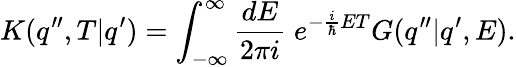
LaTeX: K(q^{\prime\prime},T|q^{\prime})=\int_{-\infty}^{\infty}\frac{dE}{2\pi i}\; e^{-\frac{i}{\hbar}ET}G(q^{\prime\prime}|q^{\prime},E).